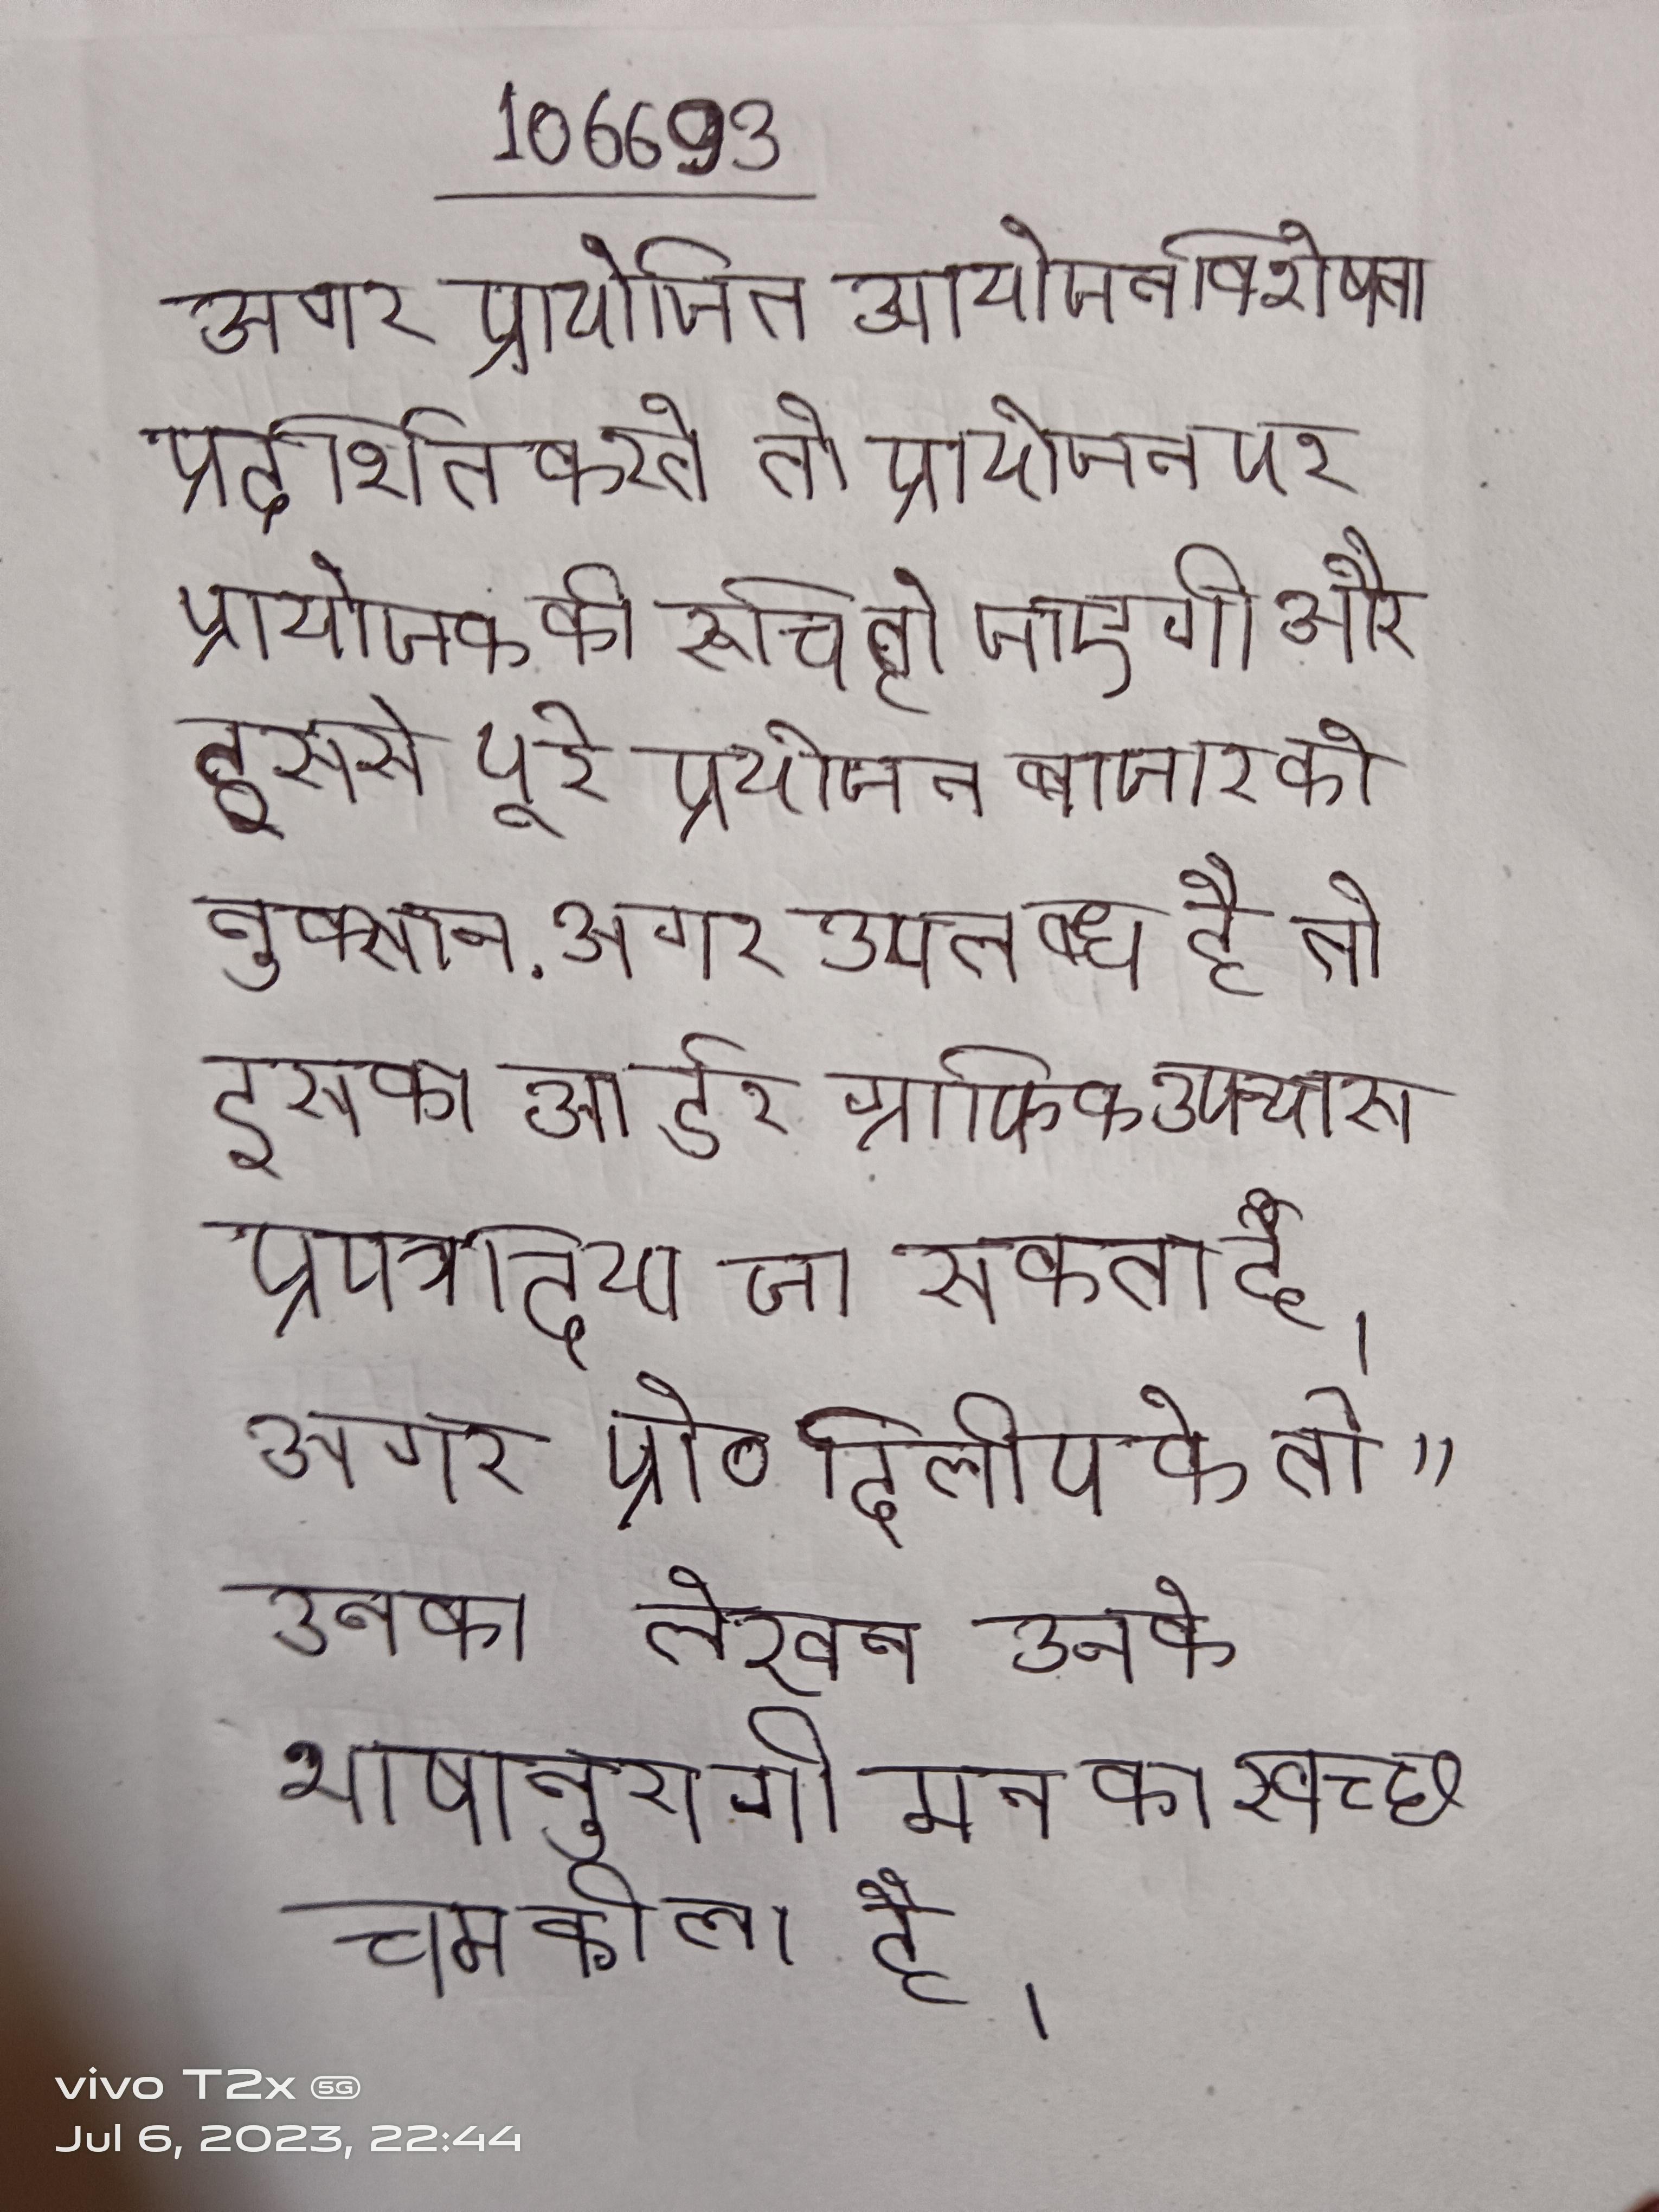
अगर प्रायोजित आयोजन विशेषता प्रदर्शित करते तो प्रायोजन पर प्रायोजक की रूचि हो जाएगी और इससे पूरे प्रयोजन बाजार को नुक्सान . अगर उपलब्ध है तो इसका आर्डर ग्राफिक उपन्यास प्रपत्र दिया जा सकता है । अगर प्रो॰ दिलीप के तो "उनका लेखन उनके भाषानुरागी मन का स्वच्छ चमकीला है ।